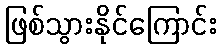
ဖြစ်သွားနိုင်ကြောင်း